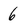
Character: 6